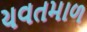
યવતમાળ